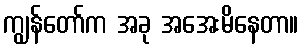
ကျွန်တော်က အခု အအေးမိနေတာ။